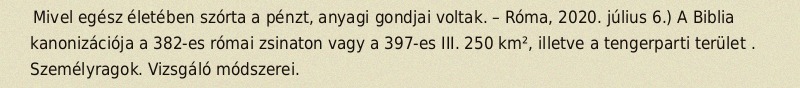
Mivel egész életében szórta a pénzt, anyagi gondjai voltak. – Róma, 2020. július 6.) A Biblia kanonizációja a 382-es római zsinaton vagy a 397-es III. 250 km², illetve a tengerparti terület . Személyragok. Vizsgáló módszerei.